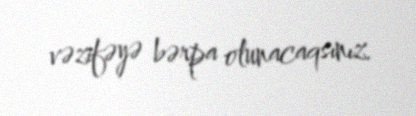
vəzifəyə bərpa olunacaqsınız.